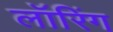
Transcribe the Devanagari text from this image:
लॉरिंग